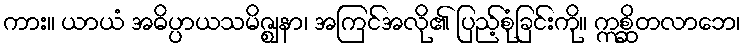
ကား။ ယာယံ အဓိပ္ပာယသမိဇ္ဈနာ၊ အကြင်အလို၏ ပြည့်စုံခြင်းကို။ ဣစ္ဆိတလာဘေ၊